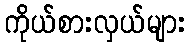
ကိုယ်စားလှယ်များ